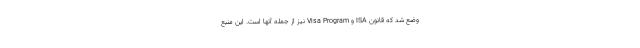
وضع شد که قانون ISA و Visa Program نیز از جمله آنها است. این منبع